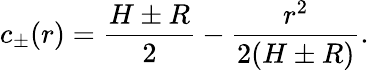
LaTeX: c_{\pm}(r)=\frac{H\pm R}{2}-\frac{r^{2}}{2(H\pm R)}.